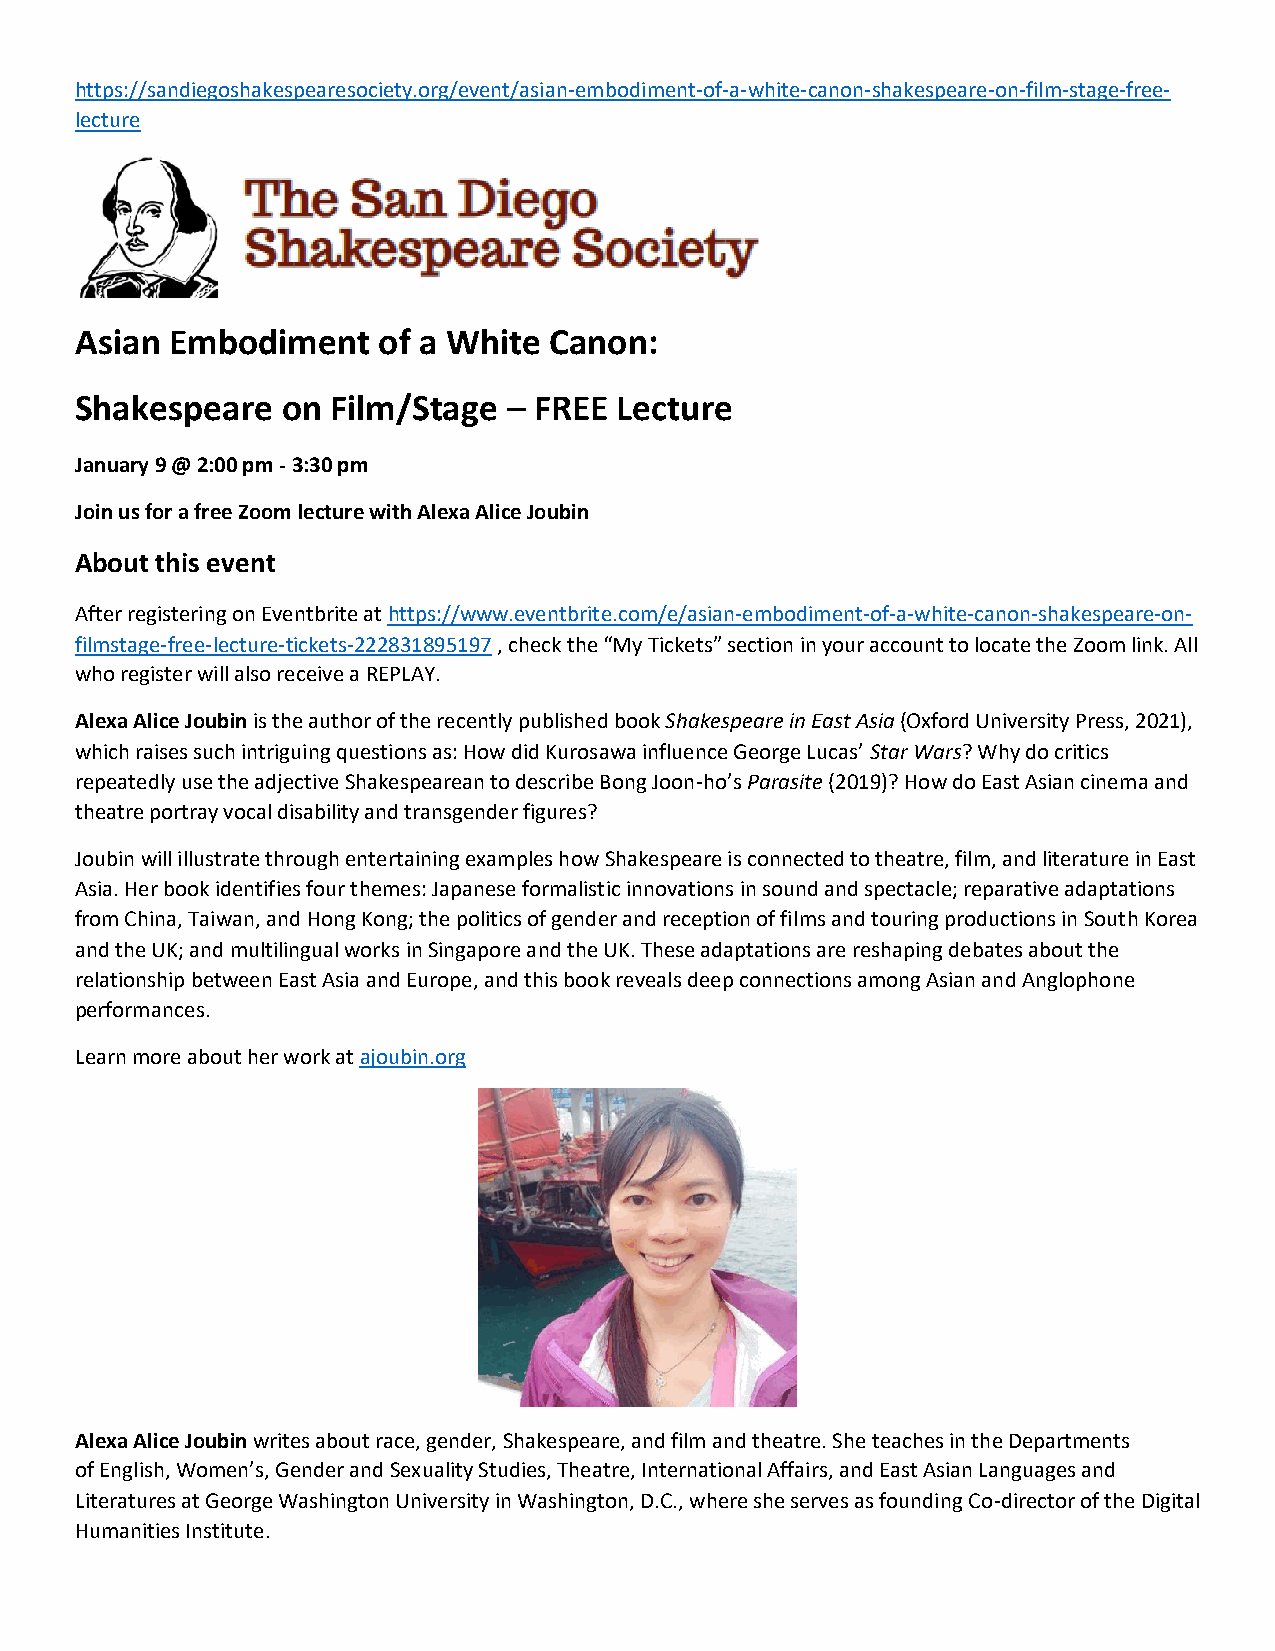
https://sandiegoshakespearesociety.org/event/asian-embodiment-of-a-white-canon-shakespeare-on-film-stage-free-
 lecture
 Asian Embodiment    of a White Canon:
 Shakespeare   on Film/Stage  – FREE Lecture
 January 9 @ 2:00 pm - 3:30 pm
 Join us for a free Zoom lecture with Alexa Alice Joubin
 About this event
 After registering on Eventbrite at https://www.eventbrite.com/e/asian-embodiment-of-a-white-canon-shakespeare-on-
 filmstage-free-lecture-tickets-222831895197 , check the “My Tickets” section in your account to locate the Zoom link. All
 who register will also receive a REPLAY.
 Alexa Alice Joubin is the author of the recently published book Shakespeare in East Asia (Oxford University Press, 2021),
 which raises such intriguing questions as: How did Kurosawa influence George Lucas’ Star Wars? Why do critics
 repeatedly use the adjective Shakespearean to describe Bong Joon-ho’s Parasite (2019)? How do East Asian cinema and
 theatre portray vocal disability and transgender figures?
 Joubin will illustrate through entertaining examples how Shakespeare is connected to theatre, film, and literature in East
 Asia. Her book identifies four themes: Japanese formalistic innovations in sound and spectacle; reparative adaptations
 from China, Taiwan, and Hong Kong; the politics of gender and reception of films and touring productions in South Korea
 and the UK; and multilingual works in Singapore and the UK. These adaptations are reshaping debates about the
 relationship between East Asia and Europe, and this book reveals deep connections among Asian and Anglophone
 performances.
 Learn more about her work at ajoubin.org
 Alexa Alice Joubin writes about race, gender, Shakespeare, and film and theatre. She teaches in the Departments
 of English, Women’s, Gender and Sexuality Studies, Theatre, International Affairs, and East Asian Languages and
 Literatures at George Washington University in Washington, D.C., where she serves as founding Co-director of the Digital
 Humanities Institute.